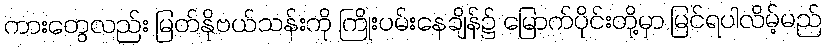
ကားတွေလည်း မြတ်နိုဗယ်သန်းကို ကြိုးပမ်းနေချိန်၌ မြောက်ပိုင်းတို့မှာ မြင်ရပါလိမ့်မည်